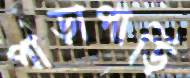
পাড়াপাড়ি